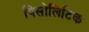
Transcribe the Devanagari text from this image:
पिसोलिटिक